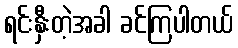
ရင်းနှီးတဲ့အခါ ခင်ကြပါတယ်